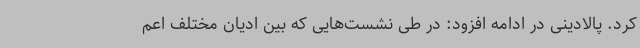
کرد. پالادینی در ادامه افزود: در طی نشست‌هایی که بین ادیان مختلف اعم